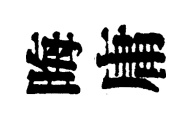
晦庸